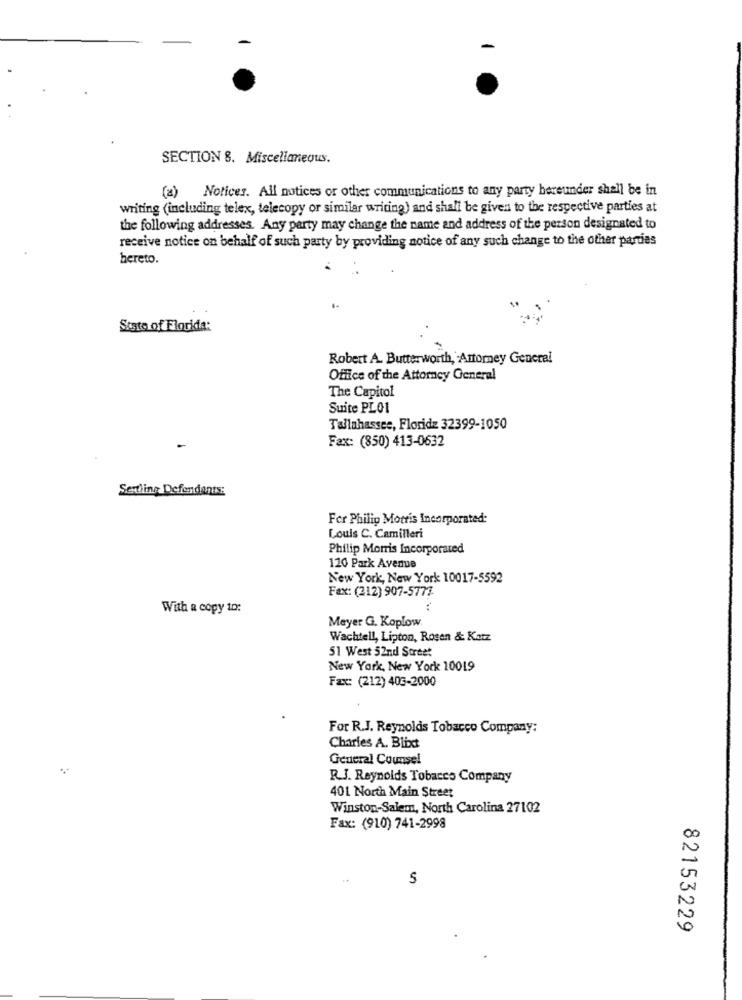
SECTION 8. Miscellaneous.
(a) Notices. All notices or other communications to any party hereunder shall be in
writing (including telex, telecopy or similar writing) and shall be given to the respective parties at
the following addresses. Any party may change the name and address of the person designated to
receive notice on behalf of such party by providing notice of any such change to the other parties
hereto.
State of Florida:
Robert A. Butterworth, Attorney General
Office of the Attorney General
The Capitol
Suite PLO1
Tallahassee, Floride 32399-1050
Fax: (850) 413-0632
Settling Defendants:
For Philip Morris Incorporated:
Louis C. Camilleri
Philip Morris Incorporated
120 Park Avenue
New York, New York 10017-5592
Fax: (212) 907-5777
With a copy to:
:
Meyer G. Koplow.
Wachtell, Lipton, Rosen & Katz
51 West 52nd Street
New York, New York 10019
Fax: (212) 406-2000
For R.J. Reynolds Tobacco Company:
Charles A. Blixt
General Counsel
R.J. Reynolds Tobacco Company
401 North Main Street
Winston-Salem, North Carolina 27102
Fax: (910) 741-2998
00
S
U
82153229